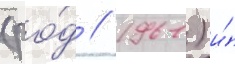
(ро́д // 1961) и́